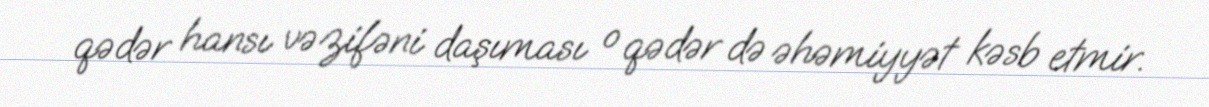
qədər hansı vəzifəni daşıması o qədər də əhəmiyyət kəsb etmir.